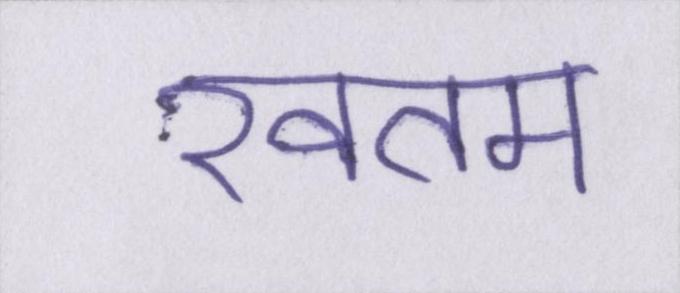
खतम